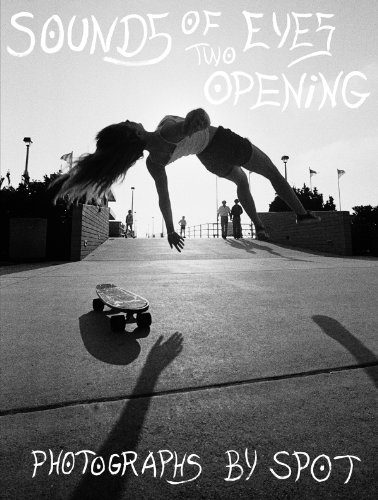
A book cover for Sounds of Two Eyes Opening - Southern California Life : Skate/Beach/Punk 1969-1982; Arts & Photography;